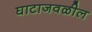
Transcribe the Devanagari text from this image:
घाटाजवळील